King Institute of Preventive Medicine Bacteriolog. Section reports 1907-08
Year: 1907
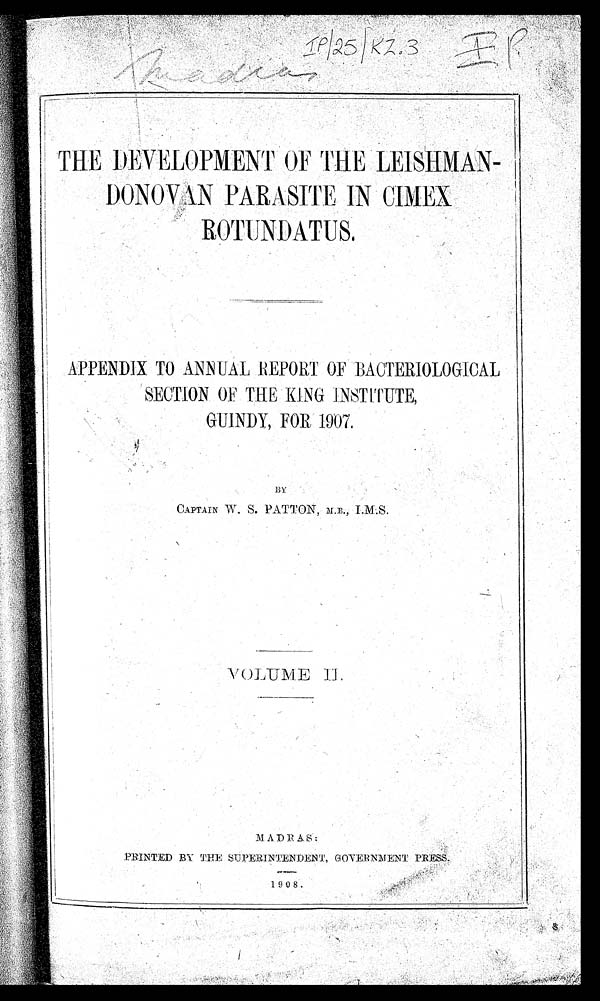
THE DEVELOPMENT OF THE LEISHMAN-
DONOVAN PARASITE IN CIMEX
R O T U N D A T U S .
APPENDIX TO ANNUAL REPORT OF BACTERIOLOGICAL
S E C T I O N O F T H E K I N G I N S T I T U T E ,
GUINDY, FOR 1907.
BY
CAPTAIN W. S. P A T T O N , M . B . , I . M . S .
VOLU
M E I I .
MADRAS:
PRINTED BY THE SUPERINTENDENT, GOVERNMENT PRESS.
1 9 0 8.